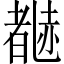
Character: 𬦃